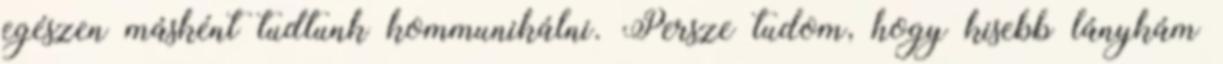
egészen másként tudtunk kommunikálni. Persze tudom, hogy kisebb lánykám